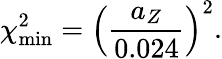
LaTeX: \chi_{\mathrm{min}}^{2}=\left(\frac{a_{Z}}{0.024}\right)^{2}.